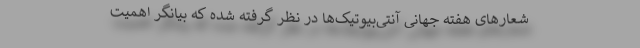
شعارهای هفته جهانی آنتی‌بیوتیک‌ها در نظر گرفته شده که بیانگر اهمیت